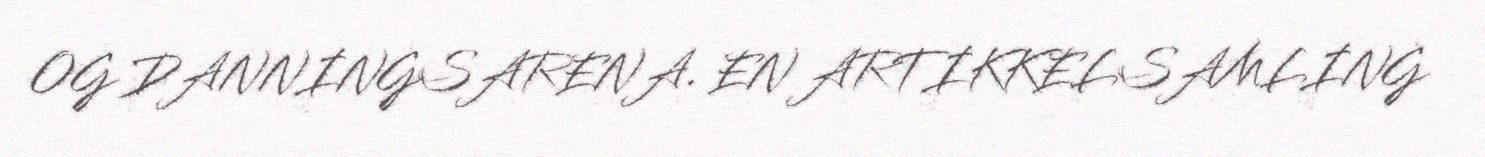
OG DANNINGSARENA. EN ARTIKKELSAMLING